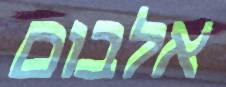
אלבום